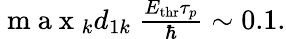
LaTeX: \begin{array}{r}{\mathrm{~m~a~x~}_{k}d_{1k}\ \frac{E_{\mathrm{{thr}}}\tau_{p}}{\hbar}\sim 0.1.}\end{array}